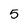
Character: 5